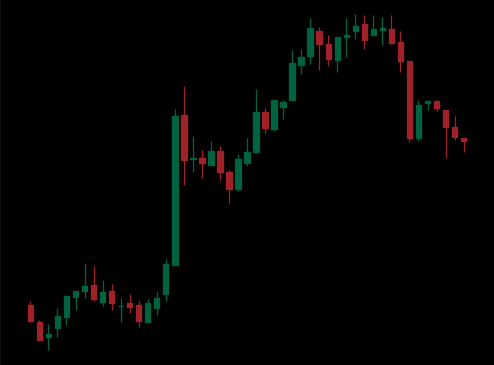
Pattern: bear_flag